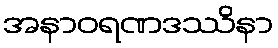
အနာဝရဏဒဿိနာ